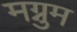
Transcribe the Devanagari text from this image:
मग्नुम